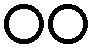
၀၀